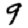
Digit: 9